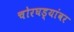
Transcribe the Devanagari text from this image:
चोरघड्यांवर